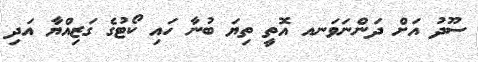
ސޫދު އަށް ދަންނަވަނއ އޮތީ ތިޔަ ބުނާ ހައި ކޯޓުގެ ގަޒިއްޔާ އަދި